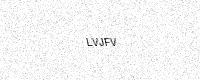
Text: LVJFV